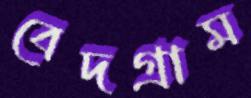
বেদগ্রাম